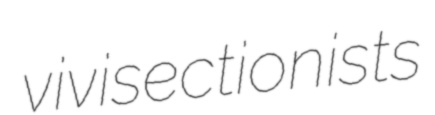
vivisectionists